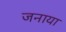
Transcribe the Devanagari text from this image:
जनाया